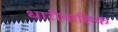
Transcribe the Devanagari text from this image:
धारीवाहिक